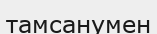
тамсанумен